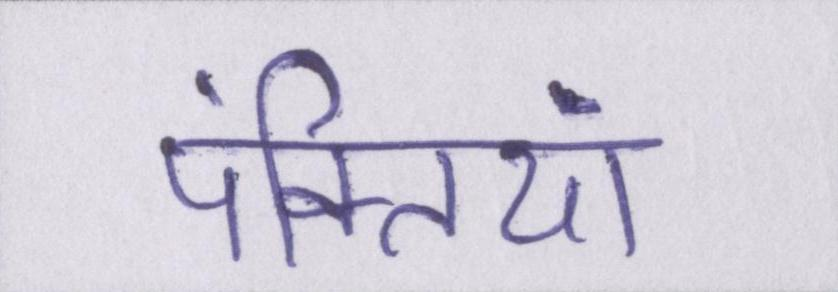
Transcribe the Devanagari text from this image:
पंक्तियां